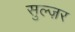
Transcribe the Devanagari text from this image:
सुल्ज़र